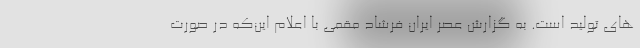
های تولید است. به گزارش عصر ایران فرشاد مقمی با اعلام این‌که در صورت